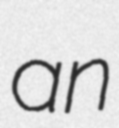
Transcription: an